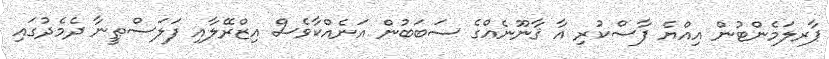
ޕާރލަމެންޓުން އިއްޔެ ފާސްކުރި އާ ޤާނޫނެއްގެ ސަބަބުން އަނެއްކާވެސް އިޒްރޭލާއި ފަލަސްޠީނާ ދެމެދުގައި